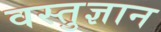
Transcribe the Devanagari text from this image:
वस्तुज्ञान